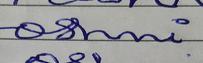
Signature authenticity: forged